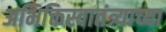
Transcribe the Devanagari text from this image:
अभिक्तिस्वातंत्र्याच्या